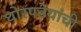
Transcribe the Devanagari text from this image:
घोरपडेयांची